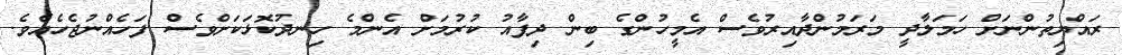
ރައްޔިތުންނަށް ހަމަލާދީ މަރަމުންދާއިރުވެސް އެމީހުންގެ ބިން ދިފާއު ކުރުމަށް އެންމެ ހިނދުކޮޅަކަށްވެސް ފަހެއްނުޖެހެއެވެ.